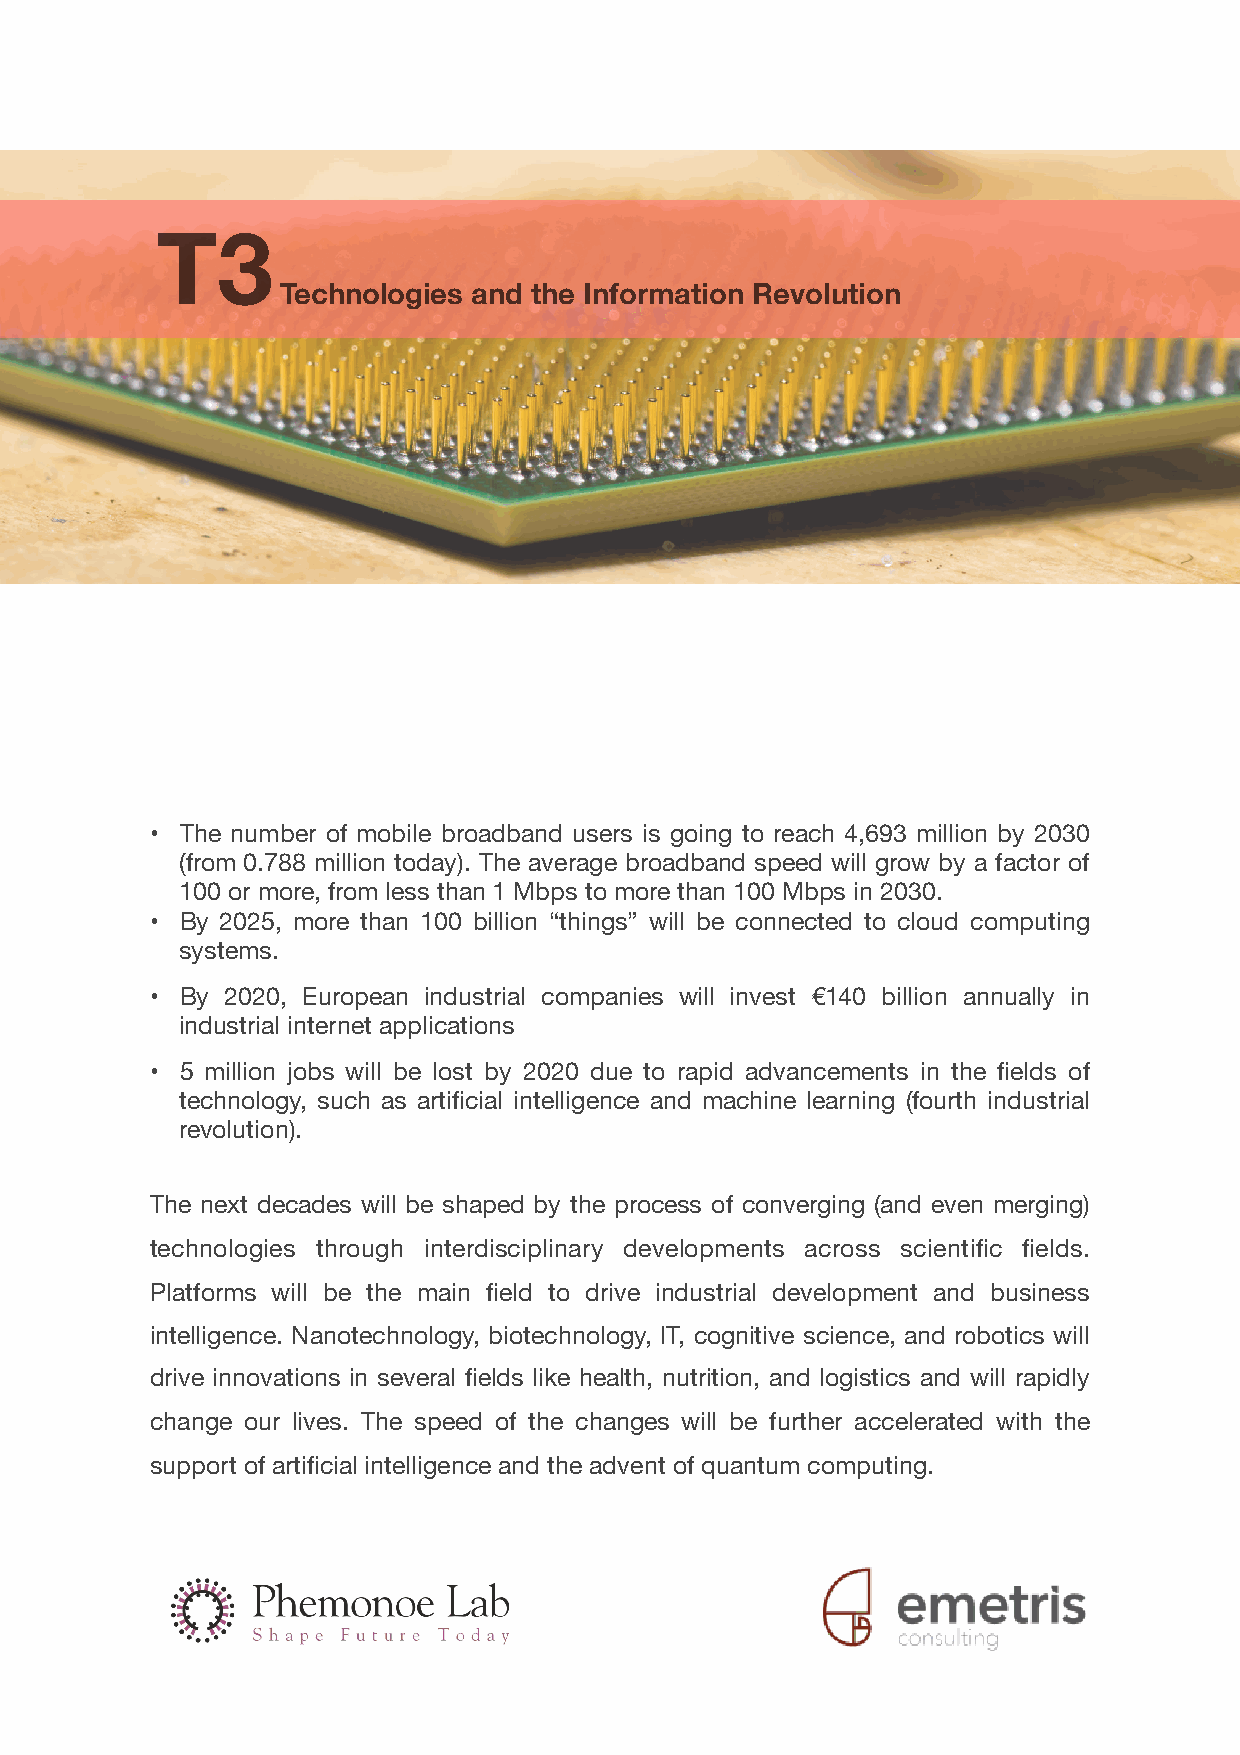
T3
 Technologies and the Information Revolution
 • The number of mobile broadband users is going to reach 4,693 million by 2030
 (from 0.788 million today). The average broadband speed will grow by a factor of
 100 or more, from less than 1 Mbps to more than 100 Mbps in 2030.
 • By 2025, more than 100 billion “things” will be connected to cloud computing
 systems.
 • By 2020, European industrial companies will invest €140 billion annually in
 industrial internet applications
 • 5 million jobs will be lost by 2020 due to rapid advancements in the fields of
 technology, such as artificial intelligence and machine learning (fourth industrial
 revolution).
 The next decades will be shaped by the process of converging (and even merging)
 technologies through interdisciplinary developments across scientific fields.
 Platforms will be the main field to drive industrial development and business
 intelligence. Nanotechnology, biotechnology, IT, cognitive science, and robotics will
 drive innovations in several fields like health, nutrition, and logistics and will rapidly
 change our lives. The speed of the changes will be further accelerated with the
 support of artificial intelligence and the advent of quantum computing.